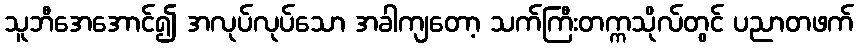
သူဘီအေအောင်၍ အလုပ်လုပ်သော အခါကျတော့ သက်ကြီးတက္ကသိုလ်တွင် ပညာတဖက်